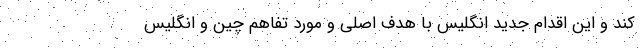
کند و این اقدام جدید انگلیس با هدف اصلی و مورد تفاهم چین و انگلیس